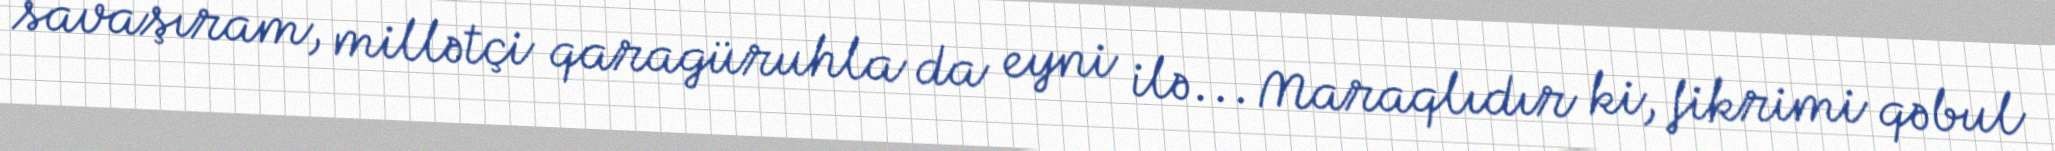
savaşıram, millətçi qaragüruhla da eyni ilə... Maraqlıdır ki, fikrimi qəbul